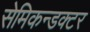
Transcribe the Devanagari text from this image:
सेमिकन्डक्टर